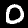
Label: 0